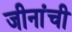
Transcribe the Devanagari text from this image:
जीनांची